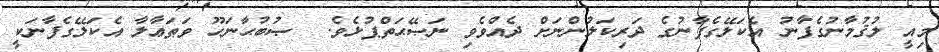
މިއީ ލުޤުމާނުގެފާނު އެކަލޭގެފާނުގެ ދަރިކަލުންނަށް ދެއްވެވި ނަޞޭޙަތްޕުޅެވެ.  ޞުބުޙާނަހޫ ވަޠަޢާލާ އެކަލޭގެފާނަކީ